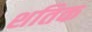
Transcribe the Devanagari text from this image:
शतिक